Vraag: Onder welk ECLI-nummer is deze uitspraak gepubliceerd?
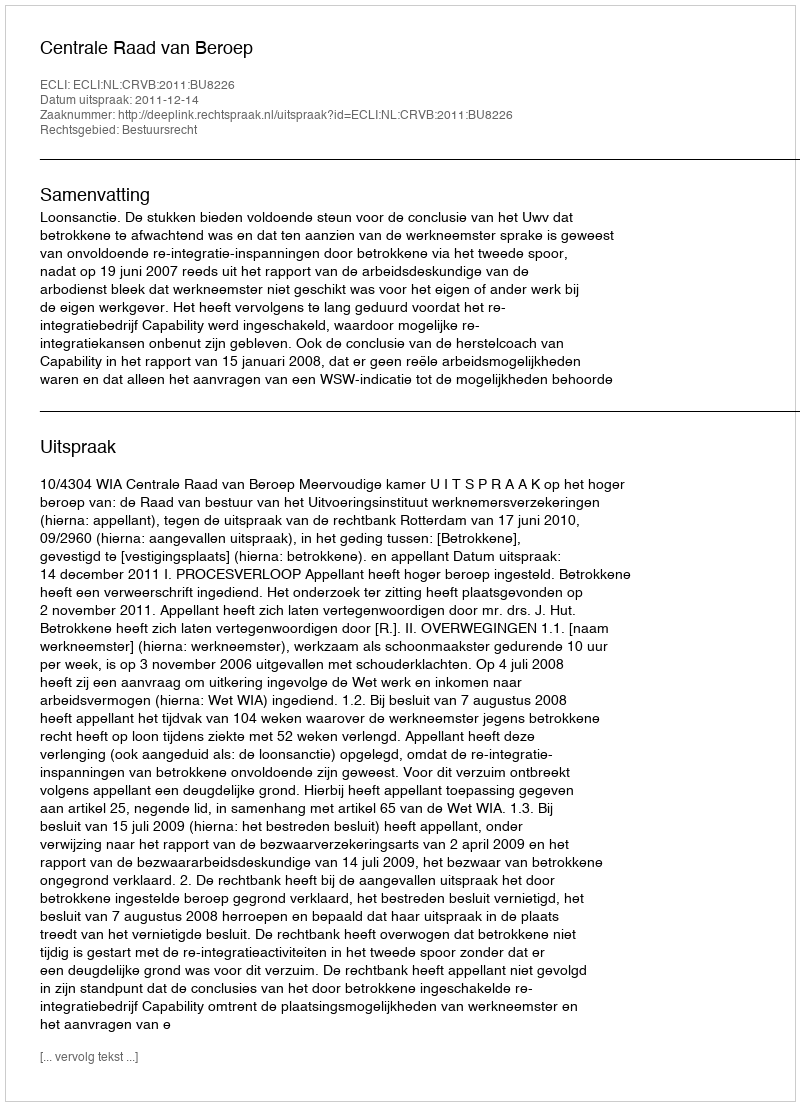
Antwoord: ECLI:NL:CRVB:2011:BU8226